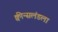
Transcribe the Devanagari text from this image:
क्वीन्सलंडला